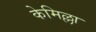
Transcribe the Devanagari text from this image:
केमिल्ला